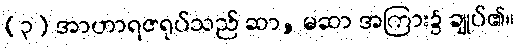
(၃) အာဟာရဇရုပ်သည် ဆာ, မဆာ အကြား၌ ချုပ်၏။